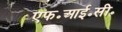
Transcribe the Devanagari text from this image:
एफ॰आई॰सी॰